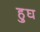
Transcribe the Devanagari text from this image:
हुघ